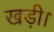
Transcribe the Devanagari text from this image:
खड़ी।